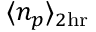
\langle n _ { p } \rangle _ { 2 \mathrm { h r } }